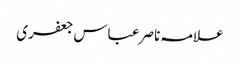
علامہ ناصر عباس جعفری